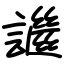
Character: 䜝